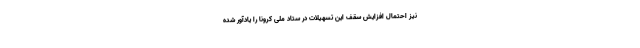
نیز احتمال افزایش سقف این تسهیلات در ستاد ملی کرونا را یادآور شده